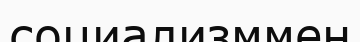
социализммен